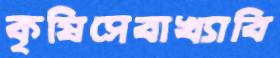
কৃষিসেবাখ্যাবি